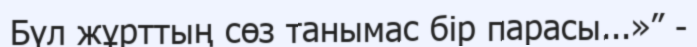
Бүл жұрттың сөз танымас бір парасы...»” -